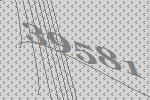
39581